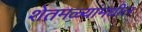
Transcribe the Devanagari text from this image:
शेतमळ्यांमधील